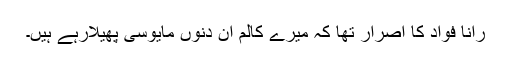
رانا فواد کا اصرار تھا کہ میرے کالم ان دنوں مایوسی پھیلارہے ہیں۔